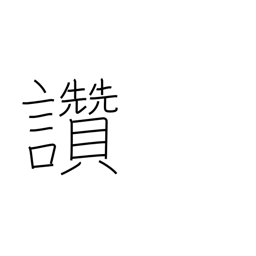
Meaning: picture title